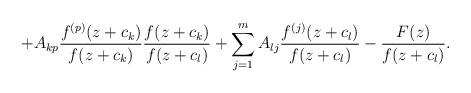
LaTeX: \begin{align*}+A_{kp}\frac{f^{(p)}(z+c_{k})}{f(z+c_{k})}\frac{f(z+c_{k})}{f(z+c_{l})}+\sum_{j=1}^{m}A_{lj}\frac{f^{(j)}(z+c_{l})}{f(z+c_{l})}-\frac{F(z)}{f(z+c_{l})}. \end{align*}